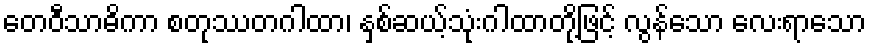
တေဝီသာဓိကာ စတုဿတဂါထာ၊ နှစ်ဆယ့်သုံးဂါထာတို့ဖြင့် လွန်သော လေးရာသော